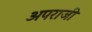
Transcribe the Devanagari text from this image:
अपराजी